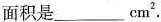
面积是___cm^{2}.